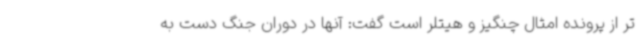
تر از پرونده امثال چنگیز و هیتلر است گفت: آنها در دوران جنگ دست به